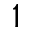
1